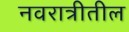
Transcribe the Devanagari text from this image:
नवरात्रीतील